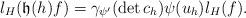
LaTeX: \begin{align*}l_H(\mathfrak{h}(h)f)=\gamma_{\psi'}(\det c_{h})\psi(u_h)l_H(f).\end{align*}